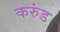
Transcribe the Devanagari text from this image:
करुंड